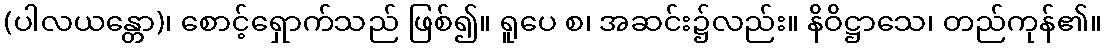
(ပါလယန္တော)၊ စောင့်ရှောက်သည် ဖြစ်၍။ ရူပေ စ၊ အဆင်း၌လည်း။ နိဝိဋ္ဌာသေ၊ တည်ကုန်၏။